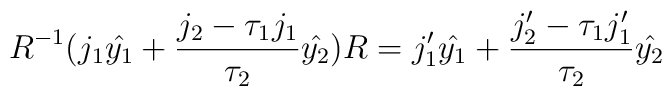
R^{-1}(j_1\hat{y_1}+\frac{j_2-\tau_1j_1}{\tau_2}\hat{y_2})R=j'_1\hat{y_1}+\frac{j'_2-\tau_1j'_1}{\tau_2}\hat{y_2}